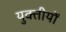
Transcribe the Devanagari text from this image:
युक्तीयों